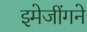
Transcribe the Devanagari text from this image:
इमेजींगने